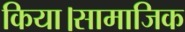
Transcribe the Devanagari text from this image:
किया।सामाजिक